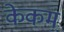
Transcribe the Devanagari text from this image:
केकम